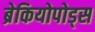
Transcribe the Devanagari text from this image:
ब्रेकियोपोड्स